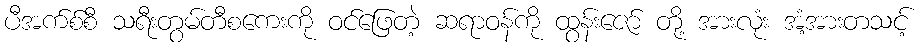
ပီအက်စ်စီ သရီးတွမ်တီစကေးကို ဝင်ဖြေတဲ့ ဆရာဝန်ကို ထွန်းဇော် တို့ အားလုံး အံ့အားတသင့်